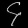
Digit: ၄